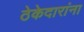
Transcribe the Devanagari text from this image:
ठेकेदारांना